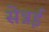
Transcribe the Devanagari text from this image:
सेन्नई